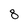
Character: 8